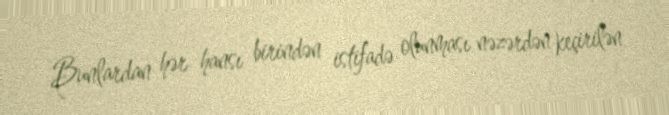
Bunlardan hər hansı birindən istifadə olunması nəzərdən keçirilən